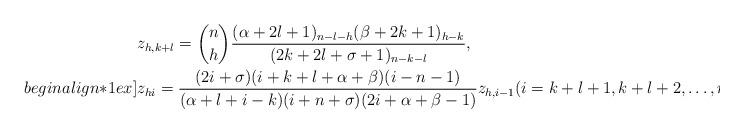
LaTeX: \begin{align*}&z_{h,k+l} = \binom{n}{h}\frac{(\alpha+2l+1)_{n-l-h}(\beta+2k+1)_{h-k}}{(2k+2l+\sigma+1)_{n-k-l}},\\begin{align*}1ex]&z_{hi} = \frac{(2i+\sigma)(i+k+l+\alpha+\beta)(i-n-1)}{(\alpha+l+i-k)(i+n+\sigma)(2i+\alpha+\beta-1)}z_{h,i-1}(i = k+l+1,k+l+2,\ldots,n);\end{align*}